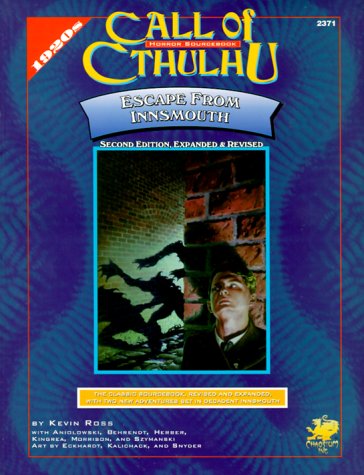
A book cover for Escape from Innsmouth (Call of Cthulhu Horror Roleplaying); Robert M. Price; Science Fiction & Fantasy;